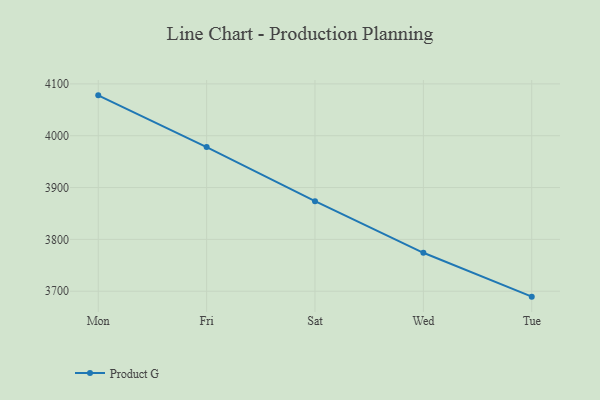
{"axis": {"x": "Day", "y": "Active Users"}, "legend": ["Product G"], "data": [{"x": "Mon", "y": 4077.9, "type": "Product G"}, {"x": "Fri", "y": 3978.1, "type": "Product G"}, {"x": "Sat", "y": 3873.8, "type": "Product G"}, {"x": "Wed", "y": 3774.1, "type": "Product G"}, {"x": "Tue", "y": 3689.5, "type": "Product G"}]}